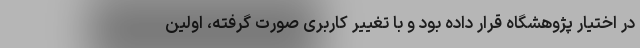
در اختیار پژوهشگاه قرار داده بود و با تغییر کاربری صورت گرفته، اولین